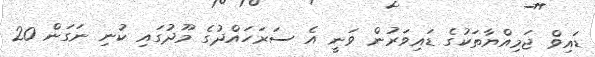
ޑައިވް ޖަމިއްޔާތަކުގެ ޑައިވަރުން ވަނީ އެ ސަރަހައްދުގެ މޫދުގައި ކުނި ނަގަން 20